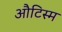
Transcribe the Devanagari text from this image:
औटिस्म